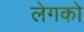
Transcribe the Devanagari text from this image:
लेगको